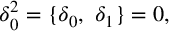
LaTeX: \delta _ { 0 } ^ { 2 } = \lbrace \delta _ { 0 } , \ \delta _ { 1 } \rbrace = 0 ,